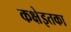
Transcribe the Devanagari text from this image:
कक्षेइतका